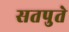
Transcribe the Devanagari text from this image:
सतपुते